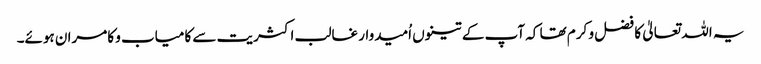
یہ اللہ تعالیٰ کا فضل و کرم تھا کہ آپ کے تینوں اُمیدوار غالب اکثریت سے کامیاب و کامران ہوئے۔